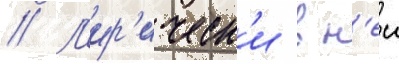
// Л'ир'ическ'и в н'еи